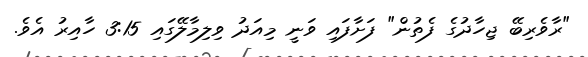
"ރާވެރިބޭ ޖިހާދުގެ ފެތުން" ފަށާފައި ވަނީ މިއަދު ވިލިމާލޭގައި 3:15 ހާއިރު އެވެ.